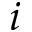
i